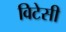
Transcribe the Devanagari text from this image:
विटेसी